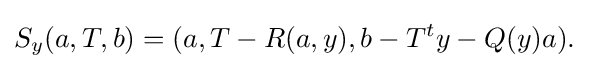
\displaystyle {S_{y}(a,T,b)=(a,T-R(a,y),b-T^{t}y-Q(y)a).}